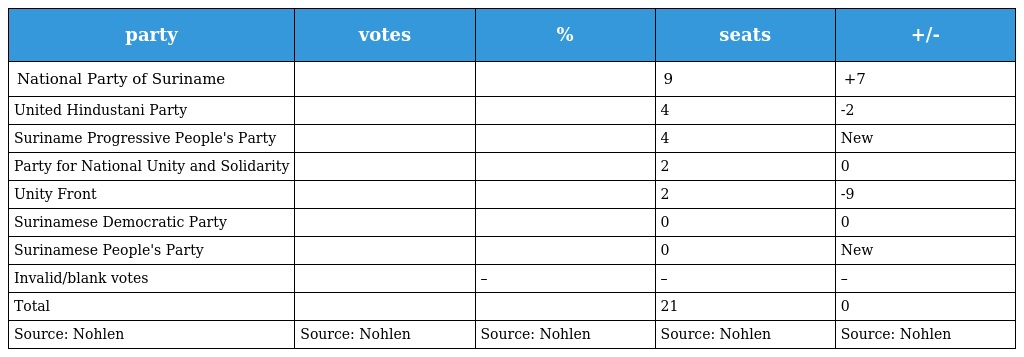
| party | votes | % | seats | +/- |
 | --- | --- | --- | --- | --- |
 | National Party of Suriname |  |  | 9 | +7 |
 | United Hindustani Party |  |  | 4 | -2 |
 | Suriname Progressive People's Party |  |  | 4 | New |
 | Party for National Unity and Solidarity |  |  | 2 | 0 |
 | Unity Front |  |  | 2 | -9 |
 | Surinamese Democratic Party |  |  | 0 | 0 |
 | Surinamese People's Party |  |  | 0 | New |
 | Invalid/blank votes |  | – | – | – |
 | Total |  |  | 21 | 0 |
 | Source: Nohlen | Source: Nohlen | Source: Nohlen | Source: Nohlen | Source: Nohlen |